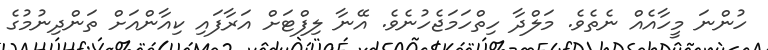
ހުންނަ މީހާއެއް ނެތެވެ. މަލްދާ ހިތްހަމަޖެހުނެވެ. އޭނާ ލިފްޓަށް އަރާފައި ކިއާންއަށް ތަންދިނުމުގެ